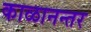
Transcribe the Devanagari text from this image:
काळानन्तर